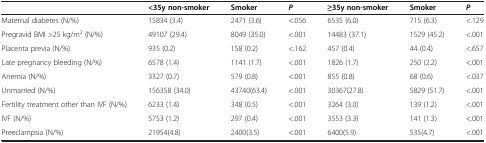
|  | <35y non-smoker | Smoker | P | ≥35y non-smoker | Smoker | P |
 | --- | --- | --- | --- | --- | --- | --- |
 | Maternal diabetes (N/%) | 15834 (3.4) | 2471 (3.6) | <.056 | 6535 (6.0) | 715 (6.3) | <.129 |
 | Pregravid BMI >25 kg/m2 (N/%) | 49107 (29.4) | 8049 (35.0) | <.001 | 14483 (37.1) | 1529 (45.2) | <.001 |
 | Placenta previa (N/%) | 935 (0.2) | 158 (0.2) | <.162 | 457 (0.4) | 44 (0.4) | <.657 |
 | Late pregnancy bleeding (N/%) | 6578 (1.4) | 1141 (1.7) | <.001 | 1826 (1.7) | 250 (2.2) | <.001 |
 | Anemia (N/%) | 3327 (0.7) | 579 (0.8) | <.001 | 855 (0.8) | 68 (0.6) | <.037 |
 | Unmarried (N/%) | 156358 (34.0) | 43740(63.4) | <.001 | 30367(27.8) | 5829 (51.7) | <.001 |
 | Fertility treatment other than IVF (N/%) | 6233 (1.4) | 348 (0.5) | <.001 | 3264 (3.0) | 139 (1.2) | <.001 |
 | IVF (N/%) | 5753 (1.2) | 297 (0.4) | <.001 | 3553 (3.3) | 141 (1.3) | <.001 |
 | Preeclampsia (N/%) | 21954(4.8) | 2400(3.5) | <.001 | 6400(5.9) | 535(4.7) | <.001 |